Scottish Leaving Certificate Examination, 1961
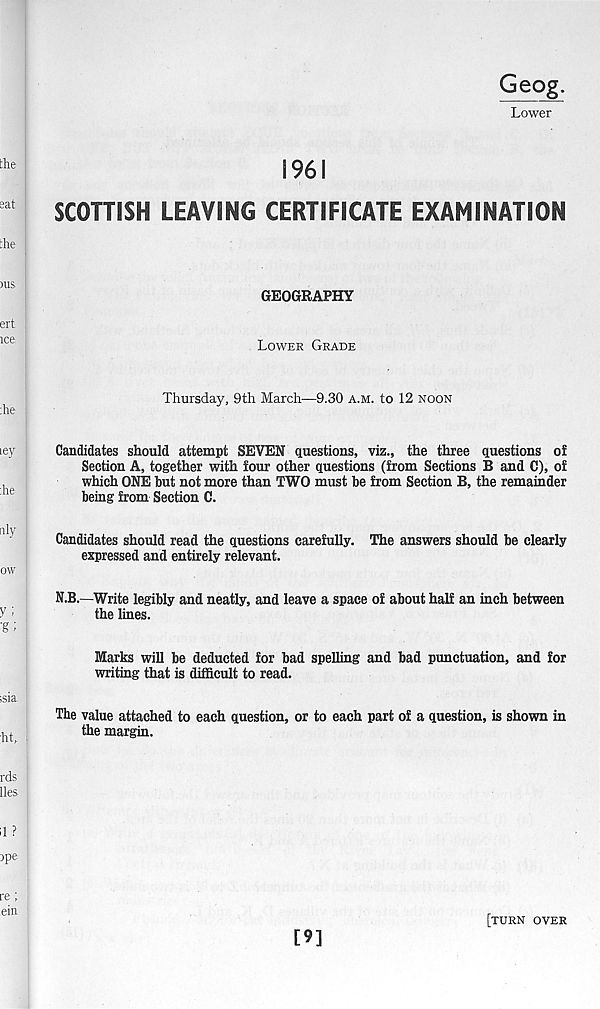
Geog.
Lower
1961
SCOTTISH LEAVING CERTIFICATE EXAMINATION
GEOGRAPHY
Lower Grade
Thursday, 9th March—9.30 A.m. to 12 noon
Candidates should attempt SEVEN questions, viz., the three questions of
Section A, together with four other questions (from Sections B and C), of
which ONE hut not more than TWO must be from Section B, the remainder
being from Section C.
Candidates should read the questions carefully. The answers should be clearly
expressed and entirely relevant.
N.B.—Write legibly and neatly, and leave a space of about half an inch between
the lines.
Marks will be deducted for bad spelling and bad punctuation, and for
writing that is difficult to read.
The value attached to each question, or to each part of a question, is shown in
the margin.
[9]
[turn over